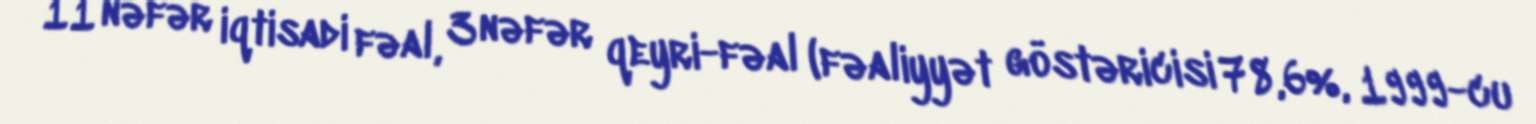
11 nəfər iqtisadi fəal, 3 nəfər qeyri-fəal (fəaliyyət göstəricisi 78,6%, 1999-cu